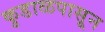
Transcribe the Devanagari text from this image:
कुडाळपासून